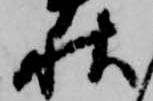
秋